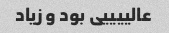
عالییییی بود و زیاد